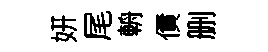
妍尾輈債删